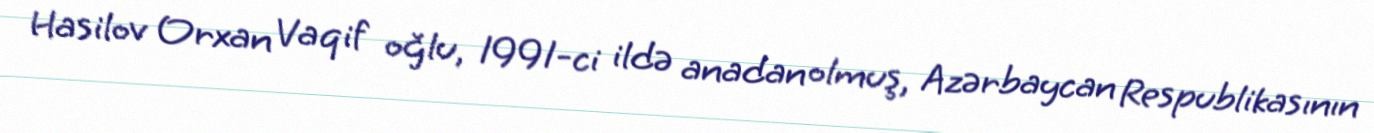
Hasilov Orxan Vaqif oğlu, 1991-ci ildə anadan olmuş, Azərbaycan Respublikasının